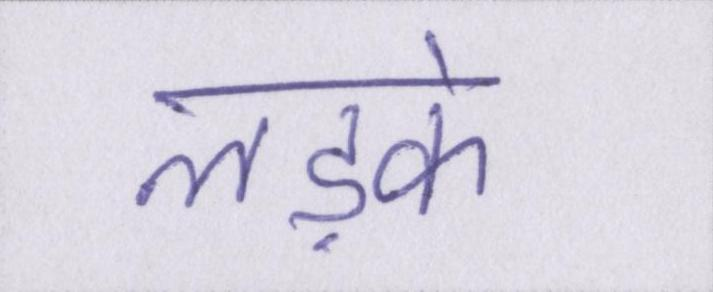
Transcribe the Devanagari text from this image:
लड़के